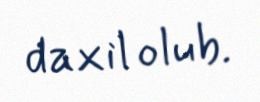
daxil olub.